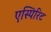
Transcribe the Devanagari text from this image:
एस्पिरिट